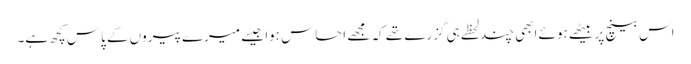
اس بینچ پر بیٹھے ہوئے ابھی چند لحظے ہی گزرے تھے کہ مجھے احساس ہوا جیسے میرے پیروں کے پاس کچھ ہے۔